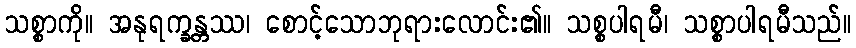
သစ္စာကို။ အနုရက္ခန္တဿ၊ စောင့်သောဘုရားလောင်း၏။ သစ္စပါရမီ၊ သစ္စာပါရမီသည်။